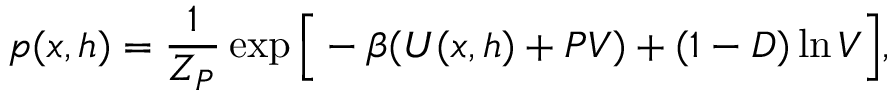
p ( x , h ) = \frac { 1 } { Z _ { P } } \exp \Big [ - \beta ( U ( x , h ) + P V ) + ( 1 - D ) \ln { V } \Big ] ,